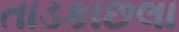
તાડકાછલા